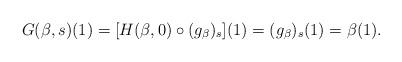
LaTeX: \begin{align*} G(\beta ,s) (1) = [H(\beta ,0)\circ(g_{\beta})_{s}](1) =(g_{\beta})_{s}(1)= \beta(1).\end{align*}